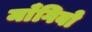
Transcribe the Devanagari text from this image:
माँगिबो